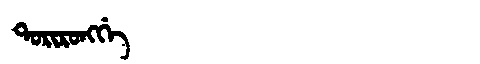
Manchu: ᡨᠣᡵᡳᡵᠣᠩᡤᡝ
Romanization: TORIRONGGE